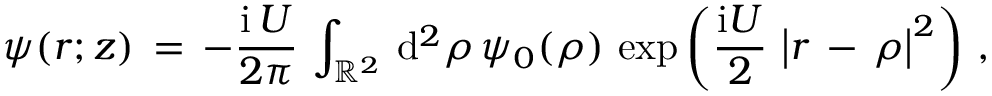
\begin{array} { l } { \displaystyle \psi ( \boldsymbol { r } ; z ) \, = \, - \frac { \mathrm { i } \, U } { 2 \pi } \, \int _ { \mathbb { R } ^ { 2 } } \, \mathrm { d } ^ { 2 } \rho \, \psi _ { 0 } ( \boldsymbol { \rho } ) \, \exp \left( \frac { \mathrm { i } U } 2 \, \left| \boldsymbol { r } \, - \, \boldsymbol { \rho } \right| ^ { 2 } \right) \, , } \end{array}